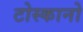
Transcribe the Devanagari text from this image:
टोस्कानो